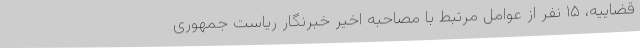
قضاییه، ۱۵ نفر از عوامل مرتبط با مصاحبه اخیر خبرنگار ریاست جمهوری